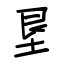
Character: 垦